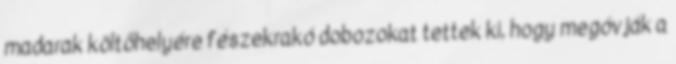
madarak költőhelyére fészekrakó dobozokat tettek ki, hogy megóvják a